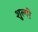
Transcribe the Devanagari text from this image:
शुल्पी